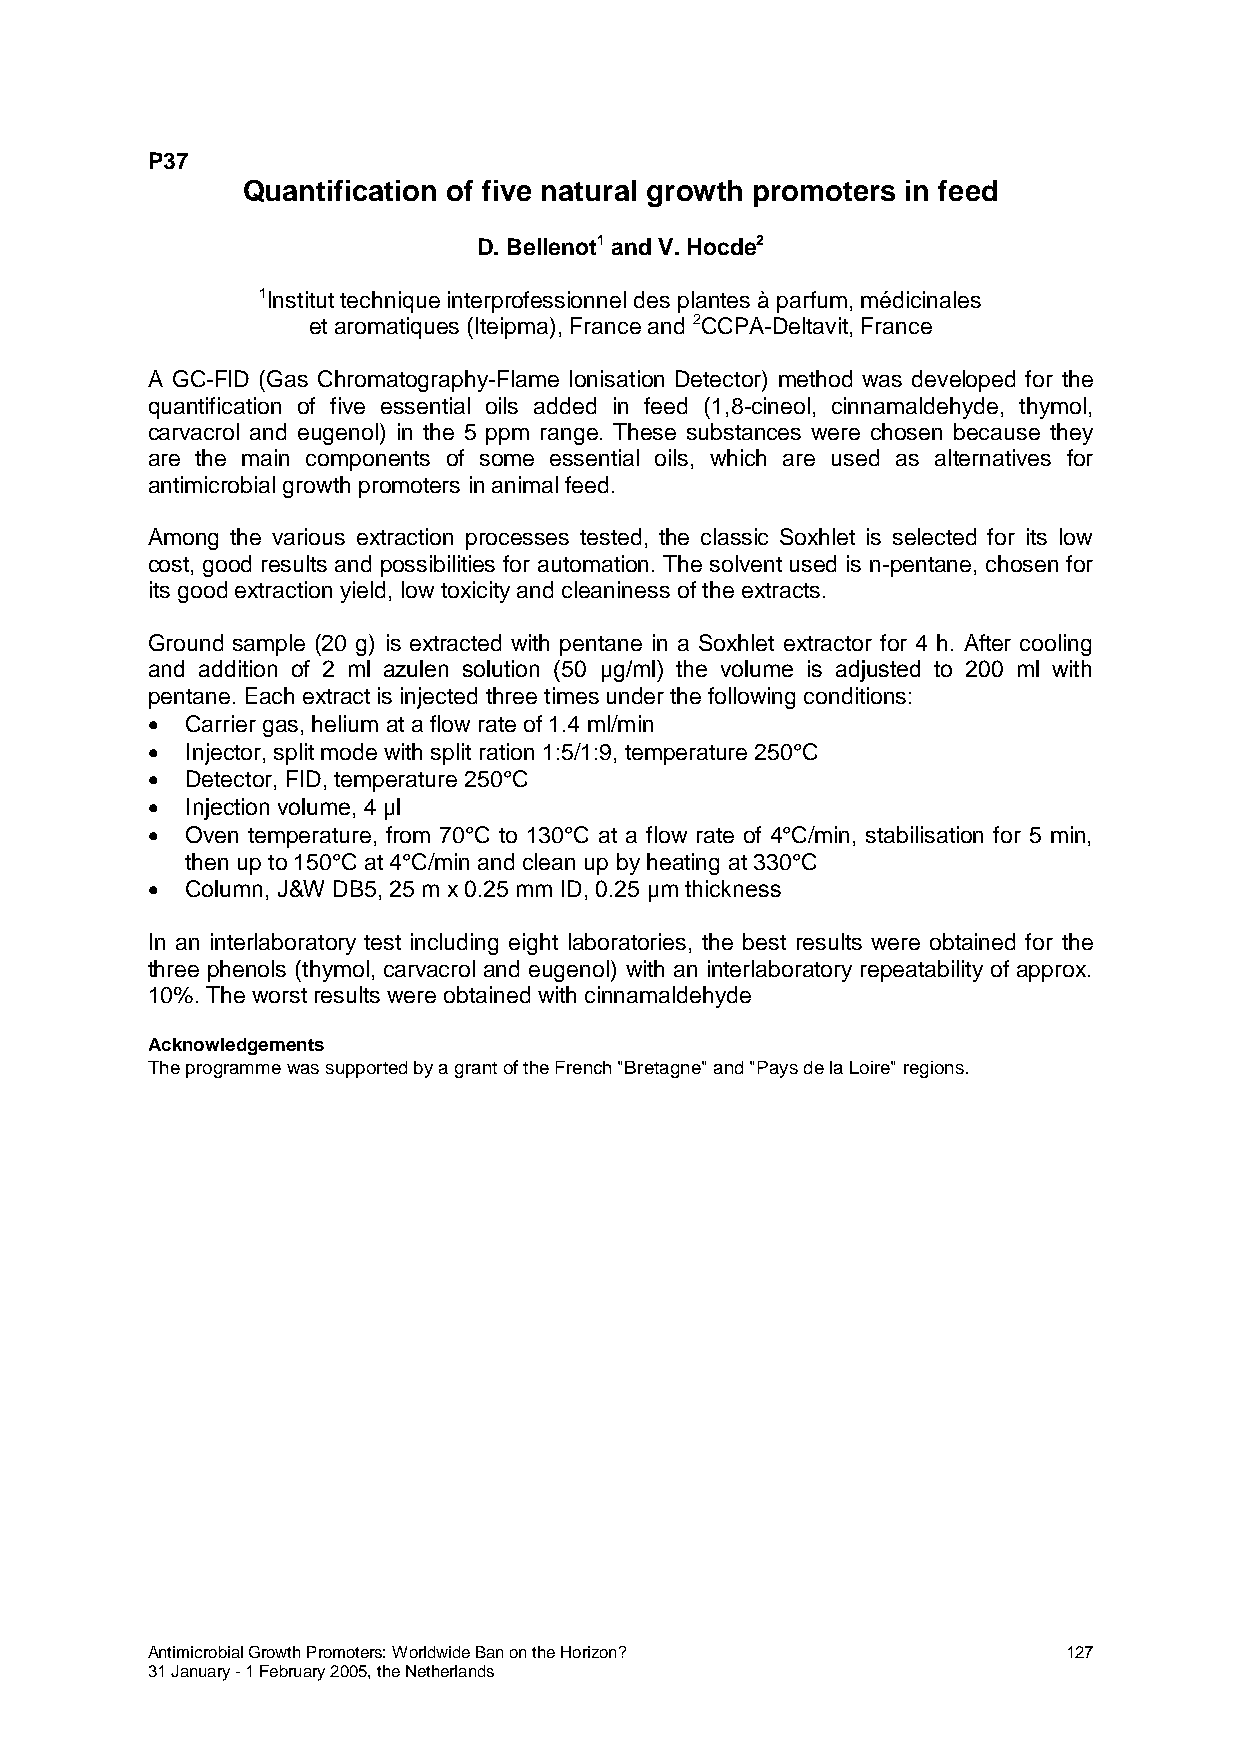
P37
 Quantification of five natural growth promoters in feed
 D. Bellenot1 and V. Hocde2
 1Institut technique interprofessionnel des plantes à parfum, médicinales
 et aromatiques (Iteipma), France and 2CCPA-Deltavit, France
 A GC-FID (Gas Chromatography-Flame Ionisation Detector) method was developed for the
 quantification of five essential oils added in feed (1,8-cineol, cinnamaldehyde, thymol,
 carvacrol and eugenol) in the 5 ppm range. These substances were chosen because they
 are the main components of some essential oils, which are used as alternatives for
 antimicrobial growth promoters in animal feed.
 Among the various extraction processes tested, the classic Soxhlet is selected for its low
 cost, good results and possibilities for automation. The solvent used is n-pentane, chosen for
 its good extraction yield, low toxicity and cleaniness of the extracts.
 Ground sample (20 g) is extracted with pentane in a Soxhlet extractor for 4 h. After cooling
 and addition of 2 ml azulen solution (50 μg/ml) the volume is adjusted to 200 ml with
 pentane. Each extract is injected three times under the following conditions:
  Carrier gas, helium at a flow rate of 1.4 ml/min
  Injector, split mode with split ration 1:5/1:9, temperature 250°C
  Detector, FID, temperature 250°C
  Injection volume, 4 μl
  Oven temperature, from 70°C to 130°C at a flow rate of 4°C/min, stabilisation for 5 min,
 then up to 150°C at 4°C/min and clean up by heating at 330°C
  Column, J&W DB5, 25 m x 0.25 mm ID, 0.25 μm thickness
 In an interlaboratory test including eight laboratories, the best results were obtained for the
 three phenols (thymol, carvacrol and eugenol) with an interlaboratory repeatability of approx.
 10%. The worst results were obtained with cinnamaldehyde
 Acknowledgements
 The programme was supported by a grant of the French "Bretagne" and "Pays de la Loire" regions.
 Antimicrobial Growth Promoters: Worldwide Ban on the Horizon? 127
 31 January - 1 February 2005, the Netherlands